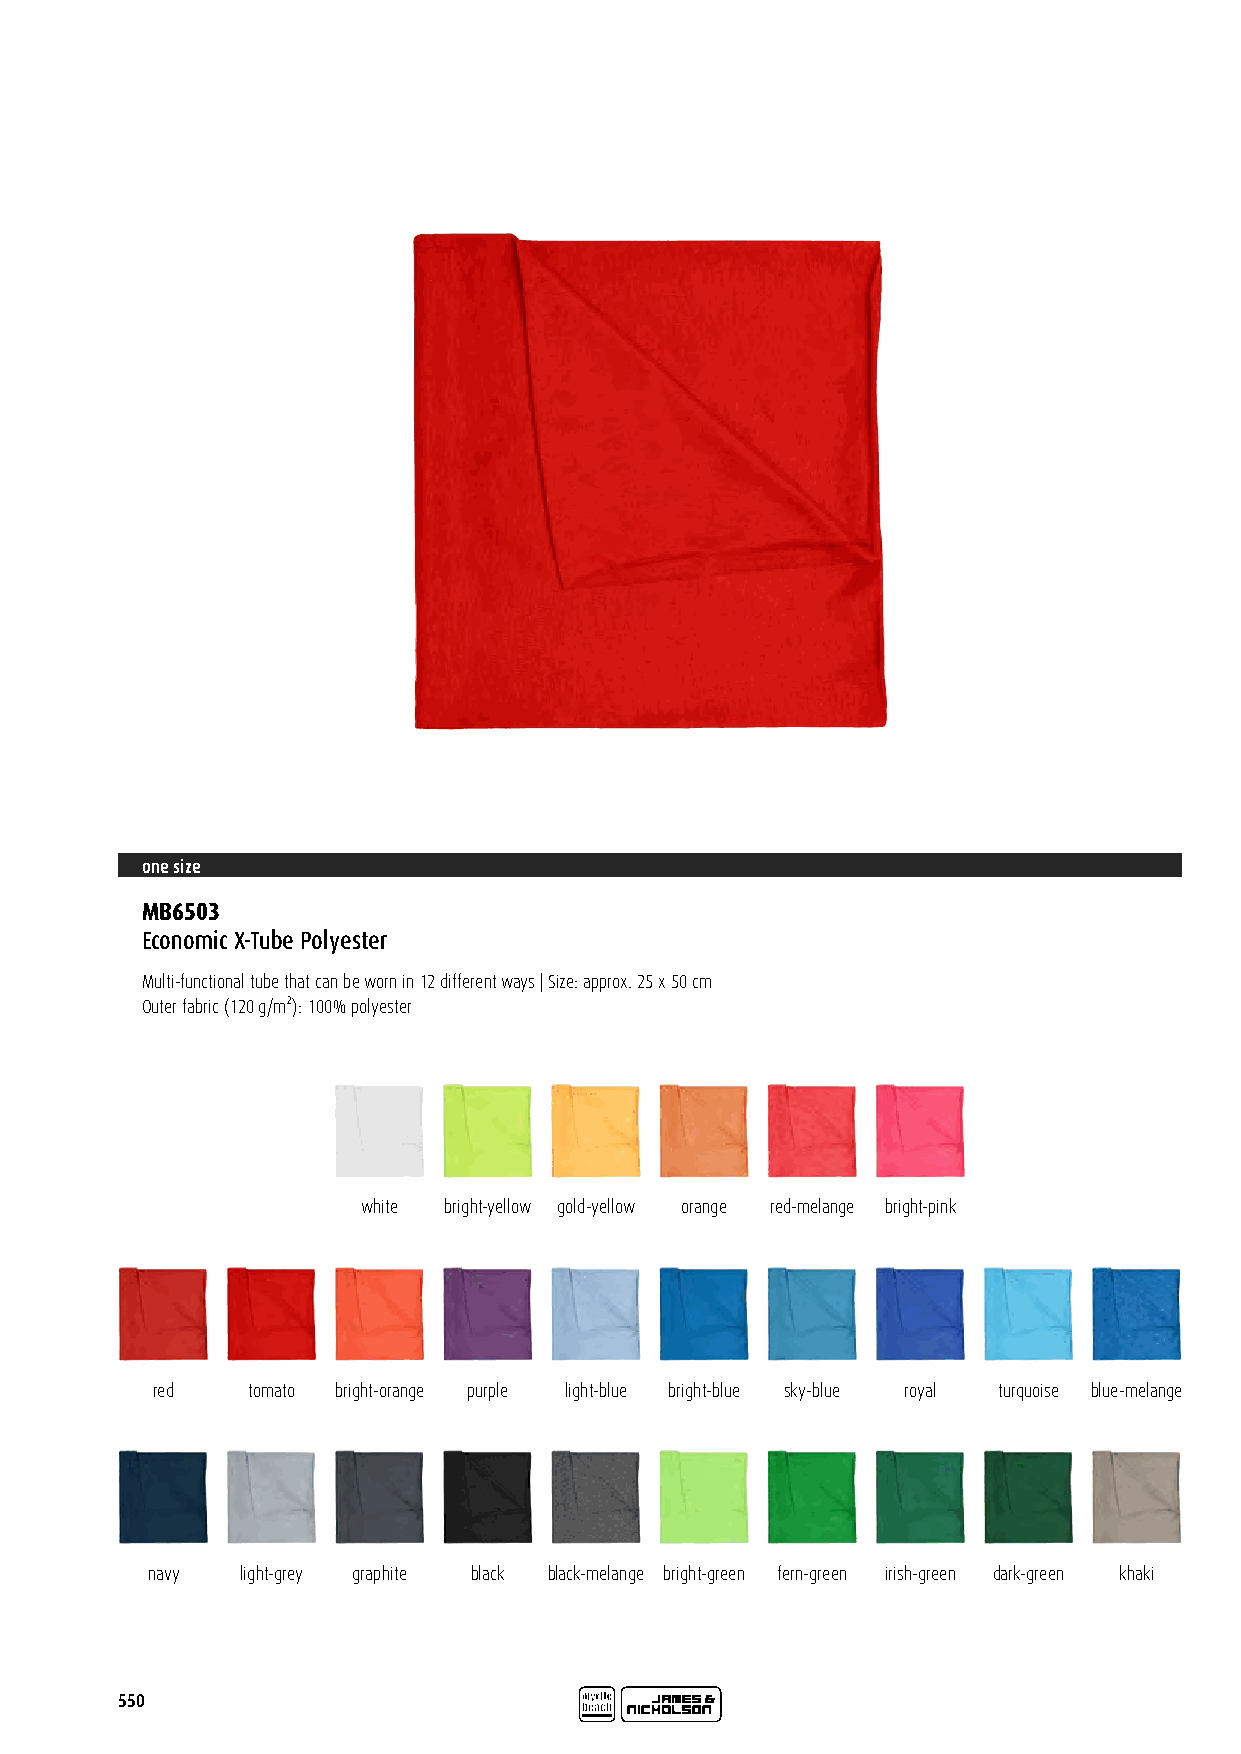
one size
 MB6503
 Economic X-Tube Polyester
 Multi-functional tube that can be worn in 12 different ways | Size: approx. 25 x 50 cm
 Outer fabric (120 g/m²): 100% polyester
 white bright-yellow gold-yellow orange red-melange bright-pink
 red   tomato bright-orange purple light-blue bright-blue sky-blue royal turquoise blue-melange
 navy  light-grey graphite black black-melange bright-green fern-green irish-green dark-green khaki
 550